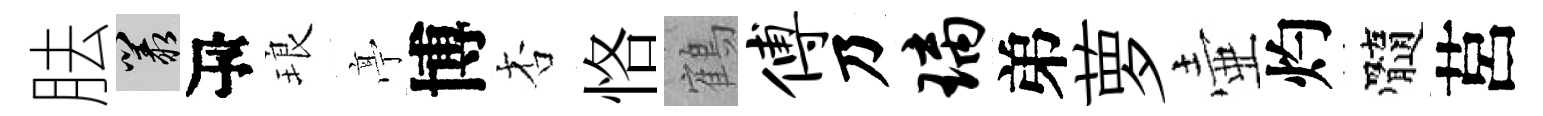
胠叢瓴琅𠅘博杏恪鶴傅乃璃弟萝壷灼髓莒